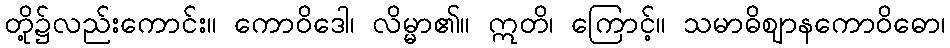
တို့၌လည်းကောင်း။ ကောဝိဒေါ၊ လိမ္မာ၏။ ဣတိ၊ ကြောင့်။ သမာဓိဈာနကောဝိဓော၊